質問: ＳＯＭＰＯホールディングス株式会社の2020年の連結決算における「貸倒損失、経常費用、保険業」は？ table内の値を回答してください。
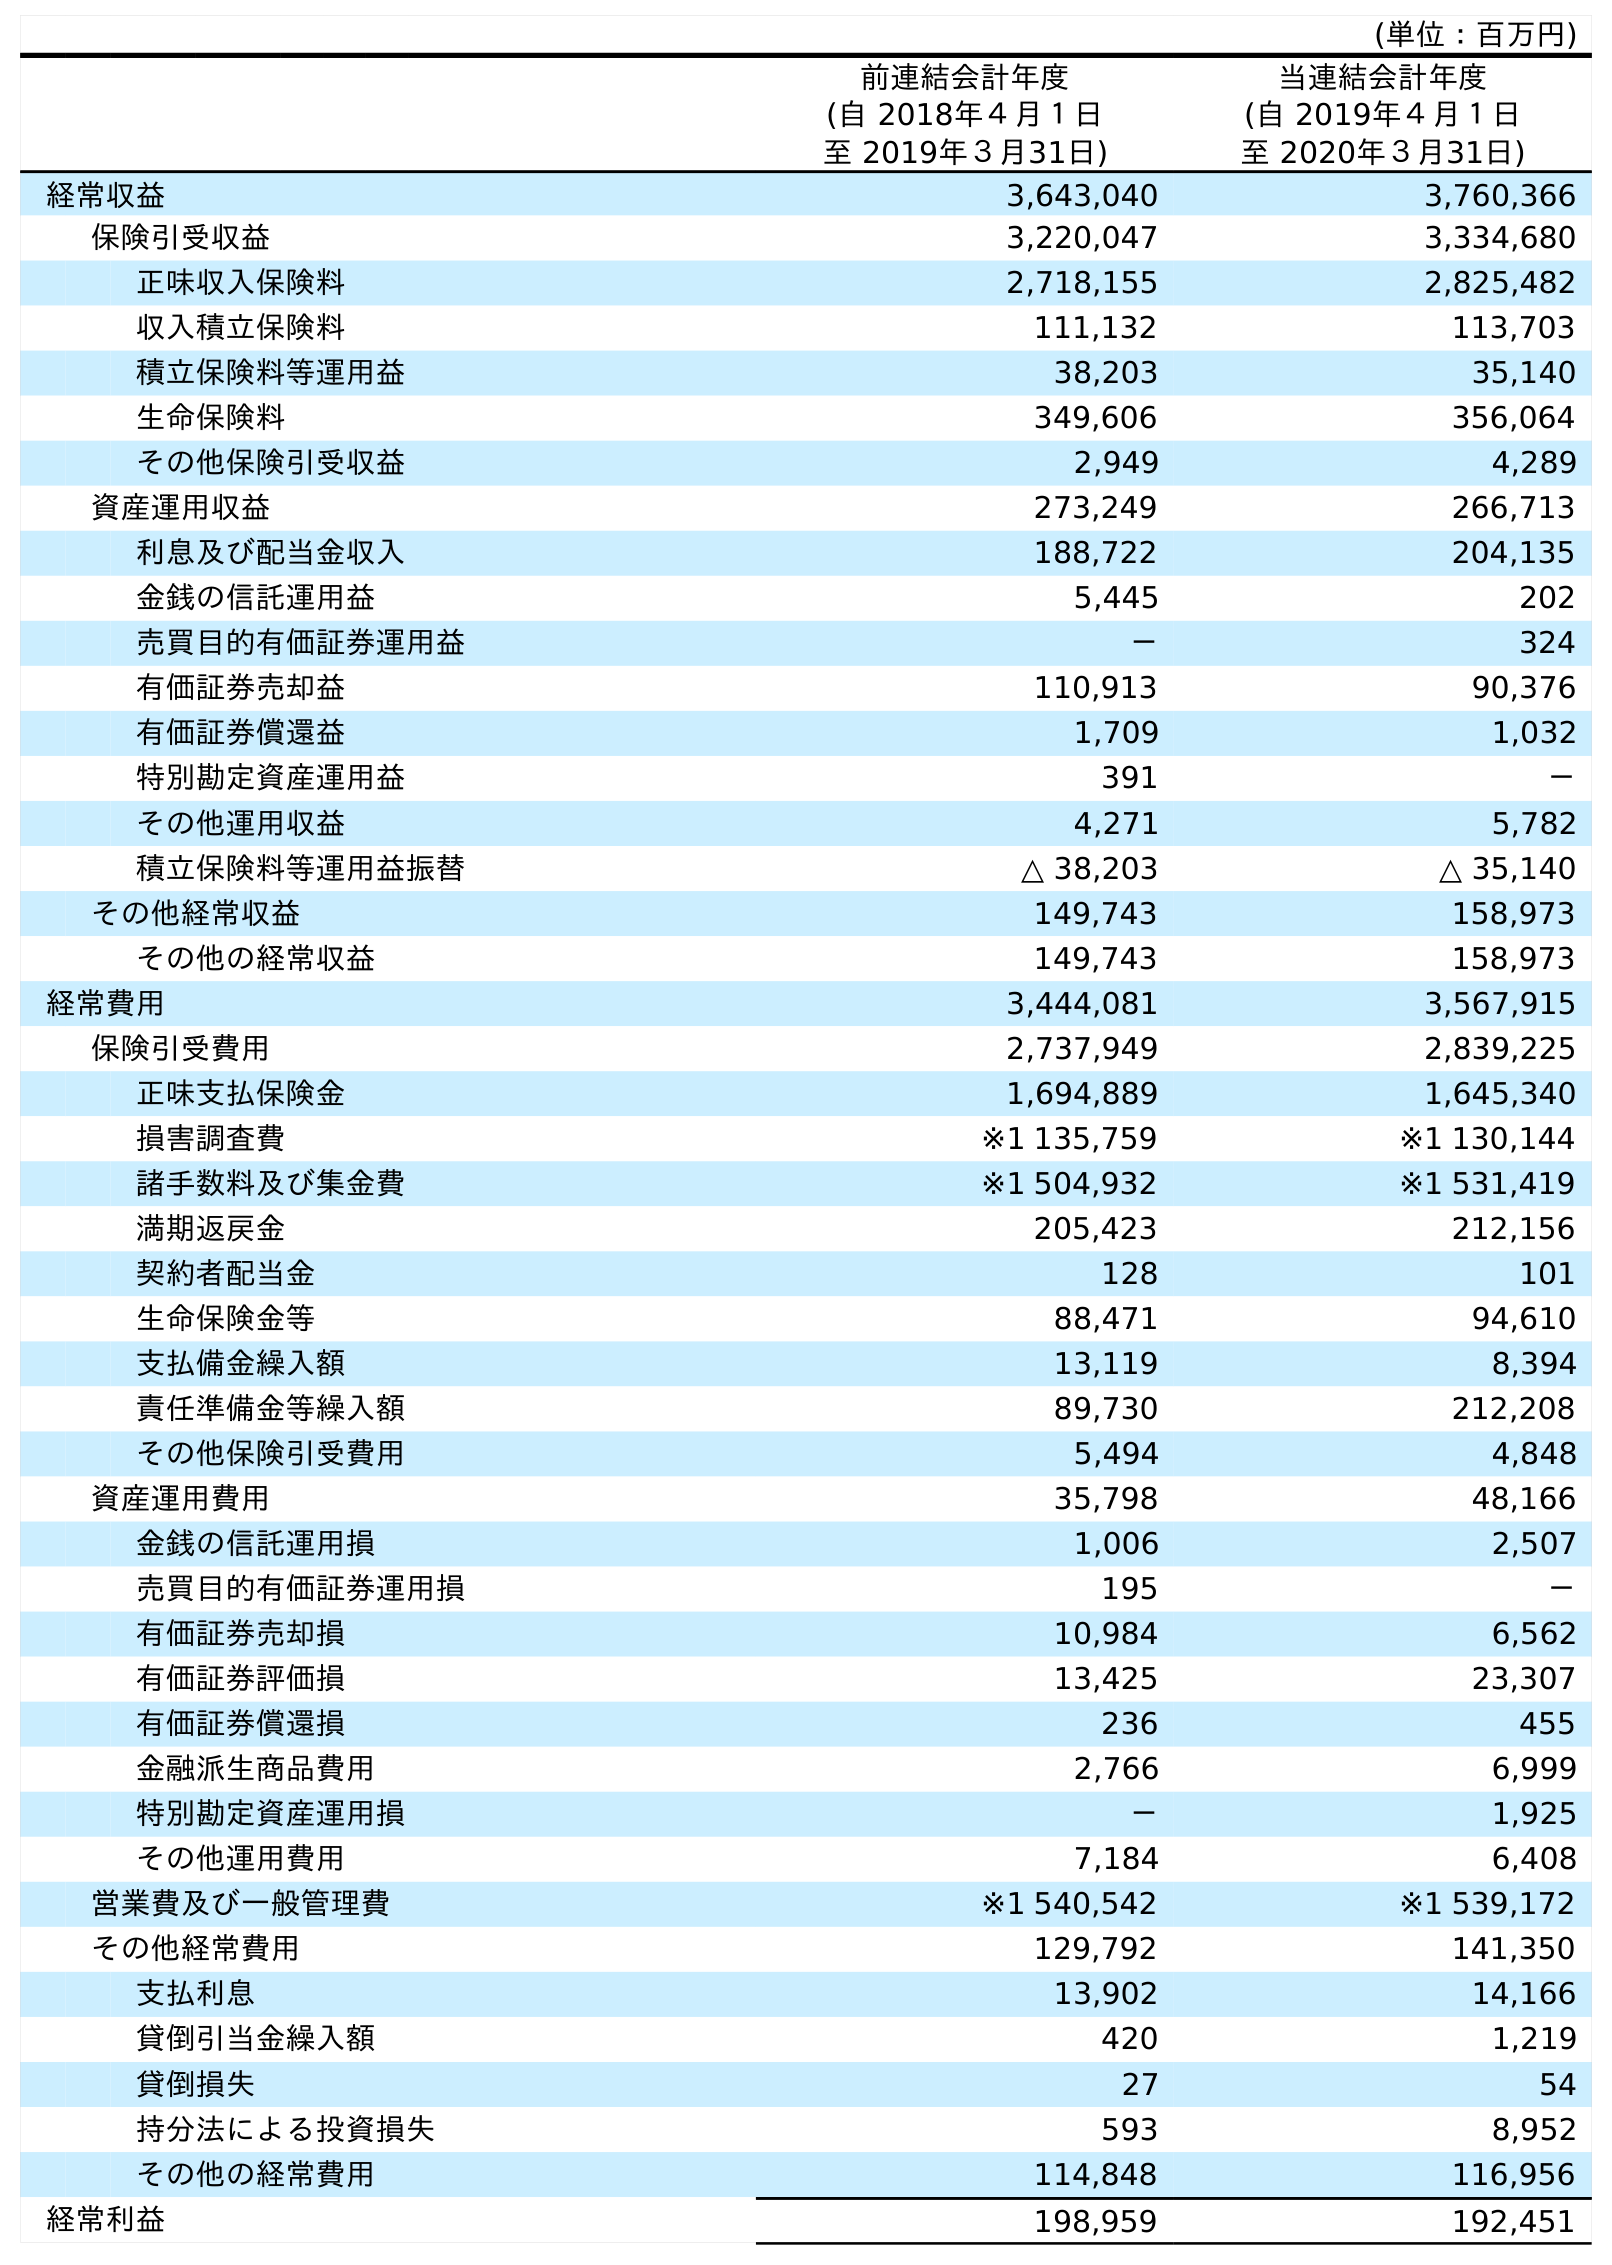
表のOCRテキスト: (単位：百万円) 前連結会計年度 (自 2018年４月１日 至 2019年３月31日) 当連結会計年度 (自 2019年４月１日 至 2020年３月31日) 経常収益 3,643,040 3,760,366 保険引受収益 3,220,047 3,334,680 正味収入保険料 2,718,155 2,825,482 収入積立保険料 111,132 113,703 積立保険料等運用益 38,203 35,140 生命保険料 349,606 356,064 その他保険引受収益 2,949 4,289 資産運用収益 273,249 266,713 利息及び配当金収入 188,722 204,135 金銭の信託運用益 5,445 202 売買目的有価証券運用益 － 324 有価証券売却益 110,913 90,376 有価証券償還益 1,709 1,032 特別勘定資産運用益 391 － その他運用収益 4,271 5,782 積立保険料等運用益振替 △ 38,203 △ 35,140 その他経常収益 149,743 158,973 その他の経常収益 149,743 158,973 経常費用 3,444,081 3,567,915 保険引受費用 2,737,949 2,839,225 正味支払保険金 1,694,889 1,645,340 損害調査費 ※1 135,759 ※1 130,144 諸手数料及び集金費 ※1 504,932 ※1 531,419 満期返戻金 205,423 212,156 契約者配当金 128 101 生命保険金等 88,471 94,610 支払備金繰入額 13,119 8,394 責任準備金等繰入額 89,730 212,208 その他保険引受費用 5,494 4,848 資産運用費用 35,798 48,166 金銭の信託運用損 1,006 2,507 売買目的有価証券運用損 195 － 有価証券売却損 10,984 6,562 有価証券評価損 13,425 23,307 有価証券償還損 236 455 金融派生商品費用 2,766 6,999 特別勘定資産運用損 － 1,925 その他運用費用 7,184 6,408 営業費及び一般管理費 ※1 540,542 ※1 539,172 その他経常費用 129,792 141,350 支払利息 13,902 14,166 貸倒引当金繰入額 420 1,219 貸倒損失 27 54 持分法による投資損失 593 8,952 その他の経常費用 114,848 116,956 経常利益 198,959 192,451
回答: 54